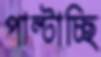
পাল্টাচ্ছি